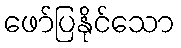
ဖော်ပြနိုင်သော